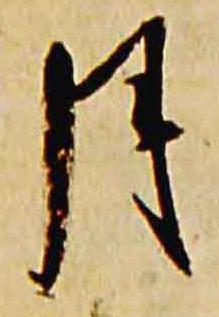
月